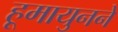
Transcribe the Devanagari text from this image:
हूमायुनने